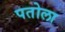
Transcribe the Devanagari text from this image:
पतोला